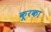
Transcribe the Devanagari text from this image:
कूरका